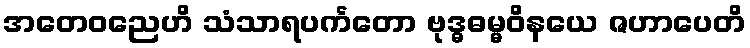
အတေဝညေဟိ သံသာရပင်္ကတော ဗုဒ္ဓဓမ္မဝိနယေ ဇဟာပေတိ